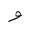
Letter: _waw